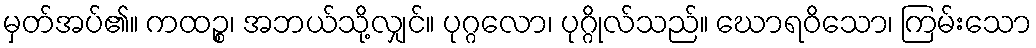
မှတ်အပ်၏။ ကထဉ္စ၊ အဘယ်သို့လျှင်။ ပုဂ္ဂလော၊ ပုဂ္ဂိုလ်သည်။ ဃောရဝိသော၊ ကြမ်းသော